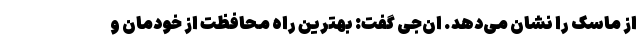
از ماسک را نشان می‌دهد. ان‌جی گفت: بهترین راه محافظت از خودمان و